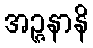
အဉ္ဇနာနိ